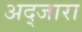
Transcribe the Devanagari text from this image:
अद्जारा